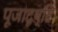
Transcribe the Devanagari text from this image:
पूजादृष्टि